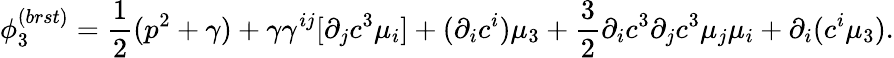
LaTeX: \phi_{3}^{(brst)}=\frac{1}{2}(p^{2}+\gamma)+\gamma\gamma^{ij}[\partial_{j}c^{3}\mu_{i}]+(\partial_{i}c^{i})\mu_{3}+\frac{3}{2}\partial_{i}c^{3}\partial_{j}c^{3}\mu_{j}\mu_{i}+\partial_{i}(c^{i}\mu_{3}).